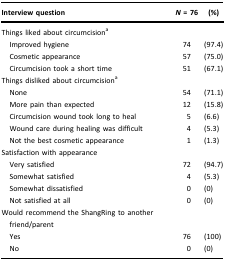
<table><thead><tr><td><b>Interview question</b></td><td><b><i>N</i> = 76</b></td><td><b>(%)</b></td></tr></thead><tbody><tr><td>Things liked about circumcision<sup>a</sup></td><td> </td><td> </td></tr><tr><td> Improved hygiene</td><td>74</td><td>(97.4)</td></tr><tr><td> Cosmetic appearance</td><td>57</td><td>(75.0)</td></tr><tr><td> Circumcision took a short time</td><td>51</td><td>(67.1)</td></tr><tr><td>Things disliked about circumcision<sup>a</sup></td><td> </td><td> </td></tr><tr><td> None</td><td>54</td><td>(71.1)</td></tr><tr><td> More pain than expected</td><td>12</td><td>(15.8)</td></tr><tr><td> Circumcision wound took long to heal</td><td>5</td><td>(6.6)</td></tr><tr><td> Wound care during healing was difficult</td><td>4</td><td>(5.3)</td></tr><tr><td> Not the best cosmetic appearance</td><td>1</td><td>(1.3)</td></tr><tr><td>Satisfaction with appearance</td><td> </td><td> </td></tr><tr><td> Very satisfied</td><td>72</td><td>(94.7)</td></tr><tr><td> Somewhat satisfied</td><td>4</td><td>(5.3)</td></tr><tr><td> Somewhat dissatisfied</td><td>0</td><td>(0)</td></tr><tr><td> Not satisfied at all</td><td>0</td><td>(0)</td></tr><tr><td>Would recommend the ShangRing to another friend/parent</td><td> </td><td> </td></tr><tr><td> Yes</td><td>76</td><td>(100)</td></tr><tr><td> No</td><td>0</td><td>(0)</td></tr></tbody></table>